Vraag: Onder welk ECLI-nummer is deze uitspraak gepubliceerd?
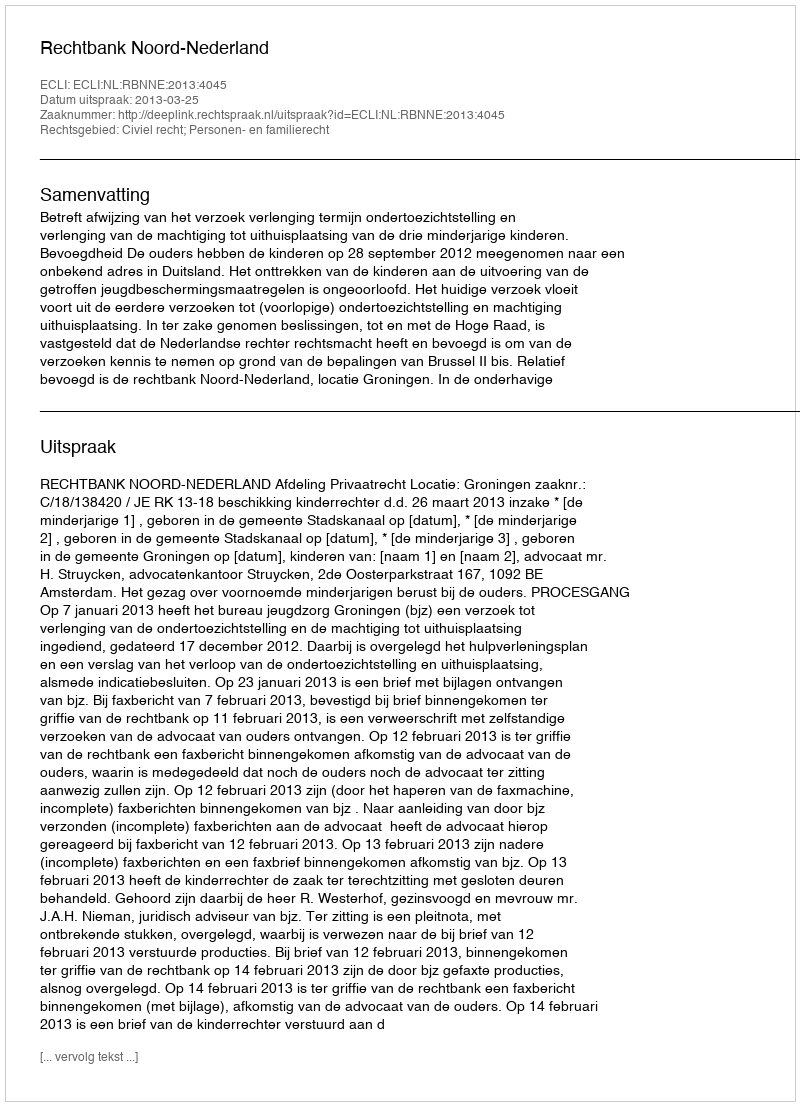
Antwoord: ECLI:NL:RBNNE:2013:4045